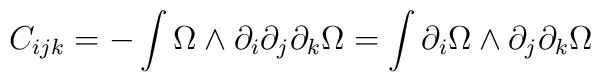
C_{ijk} = - \int \Omega \wedge \partial_i \partial_j \partial_k\Omega =  \int \partial_i \Omega \wedge \partial_j \partial_k \Omega